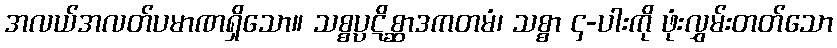
အလယ်အလတ်ပမာဏရှိသော။ သစ္စပ္ပဋိစ္ဆာဒကတမံ၊ သစ္စာ ၄-ပါးကို ဖုံးလွှမ်းတတ်သော